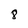
Character: 8